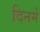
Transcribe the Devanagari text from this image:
दिनमें